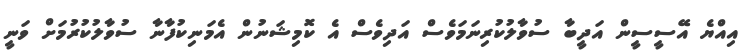
އިއްޔެ އޭސީސީން އަދީބާ ސުވާލުކުރިނަމަވެސް އަދިވެސް އެ ކޮމިޝަނުން އެމަނިކުފާނާ ސުވާލުކުރުމަށް ވަނީ